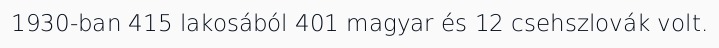
1930-ban 415 lakosából 401 magyar és 12 csehszlovák volt.